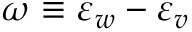
\omega \equiv \varepsilon _ { w } - \varepsilon _ { v }